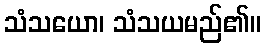
သံသယော၊ သံသယမည်၏။